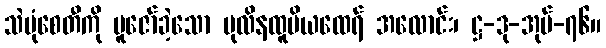
သဲပုံစေတီကို ပူဇော်ခဲ့သော ပုလိနထူပိယထေရ် အလောင်း၊ ဋ္ဌ-ဒု-အုပ်-၇၆။